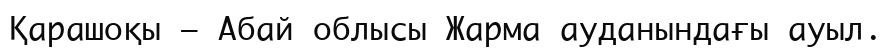
Қарашоқы — Абай облысы Жарма ауданындағы ауыл.